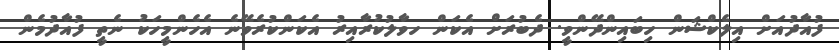
ފުއާދުއަށް އިލެކްޝަން ހިބައިންދޭންވީ. ދެބުރަަަށް އެކަން ހވާލުކުރާއިރު އެކަންކުރެވޭނެ އެހެންމީހަކު ނެތީ ފުއާދުމެން